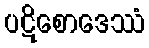
ပဋိစောဒေဿံ